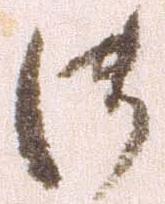
御